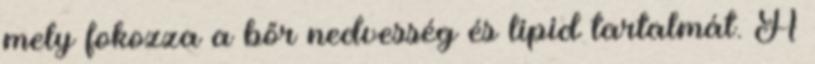
mely fokozza a bőr nedvesség és lipid tartalmát. A